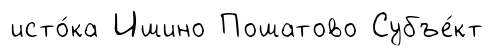
исто́ка Ишино Пошатово Субъе́кт